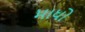
માધો